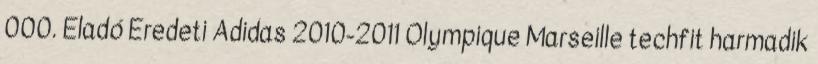
000. Eladó Eredeti Adidas 2010-2011 Olympique Marseille techfit harmadik